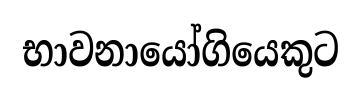
භාවනායෝගියෙකුට